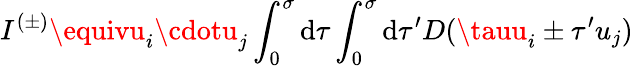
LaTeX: I^{(\pm)}\equivu_{i}\cdotu_{j}\int_{0}^{\sigma}\mathrm{d}\tau\int_{0}^{\sigma}\mathrm{d}\tau^{\prime}D(\tauu_{i}\pm\tau^{\prime}u_{j})